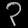
Digit: ၃